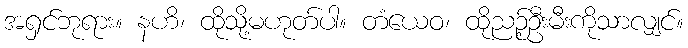
အရှင်ဘုရား။ နဟိ၊ ထိုသို့မဟုတ်ပါ။ တံယေဝ၊ ထိုညဉ့်ဦးမီးကိုသာလျှင်။